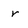
Character: r